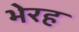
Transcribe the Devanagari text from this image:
भेरह